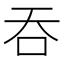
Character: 吞